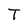
Character: T